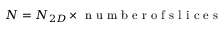
N = N _ { 2 D } \times \mathrm { ~ n ~ u ~ m ~ b ~ e ~ r ~ o ~ f ~ s ~ l ~ i ~ c ~ e ~ s ~ }